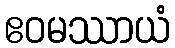
ဧဝမဿာယံ